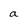
Character: a